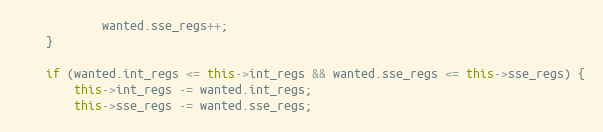
Language: C++
            wanted.sse_regs++;
    }

    if (wanted.int_regs <= this->int_regs && wanted.sse_regs <= this->sse_regs) {
        this->int_regs -= wanted.int_regs;
        this->sse_regs -= wanted.sse_regs;